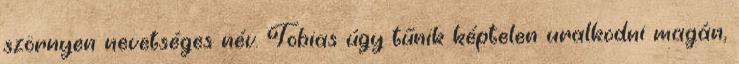
szörnyen nevetséges név. Tobias úgy tűnik képtelen uralkodni magán,